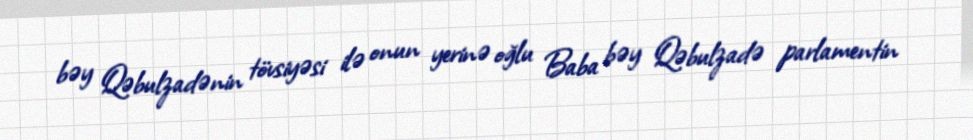
bəy Qəbulzadənin tövsiyəsi ilə onun yerinə oğlu Baba bəy Qəbulzadə parlamentin